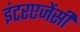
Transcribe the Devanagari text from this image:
इंटरएजेंसी